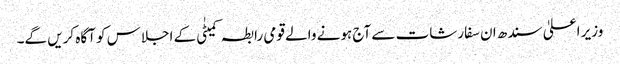
وزیر اعلیٰ سندھ ان سفارشات سے آج ہونے والے قومی رابطہ کمیٹٰی کے اجلاس کو آگاہ کریں گے۔